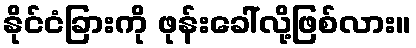
နိုင်ငံခြားကို ဖုန်းခေါ်လို့ဖြစ်လား။